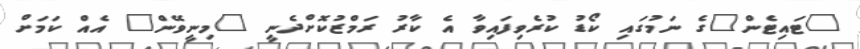
"ޓައިޓެން"ގެ ނަމުގައި ކޯޑު ކުރެވިފައިވާ އެ ކާރު ރަމްޒުކޮށްދެނީ "މިނީވޭން" އެއް ކަމަށް